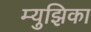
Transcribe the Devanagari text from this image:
म्युझिका